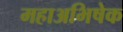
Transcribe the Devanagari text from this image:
महाअभिषेक